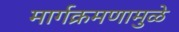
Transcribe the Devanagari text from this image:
मार्गक्रमणामुळे